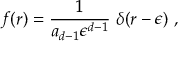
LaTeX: f ( r ) = { \frac { 1 } { a _ { d - 1 } \epsilon ^ { d - 1 } } } ~ \delta ( r - \epsilon ) ~ ,